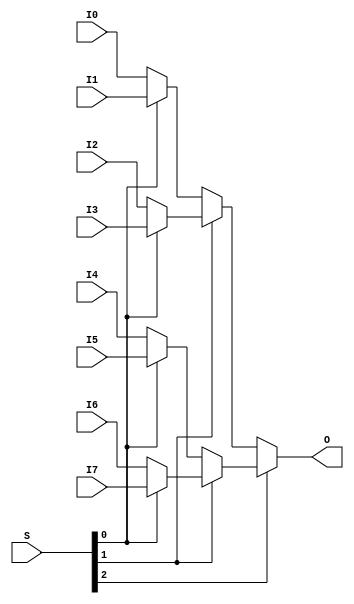
module mux8_1_if (
input [7:0] I0,I1,I2,I3,I4,I5,I6,I7,
input [2:0] S,
output reg [7:0] O
);
always@(I0,I1,I2,I3,I4,I5,I6,I7,S)
begin
if (S[2])
begin
if (S[1])
begin
if (S[0]) O=I7;
else O=I6;
end
else
begin
if (S[0]) O=I5;
else O=I4;
end
end
else
begin
if (S[1])
begin
if (S[0]) O=I3;
else O=I2;
end
else
begin
if (S[0]) O=I1;
else O=I0;
end
end
end
endmodule